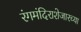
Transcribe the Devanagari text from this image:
रंगमंदिराशेजारच्या